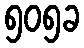
၅၀၅ခ